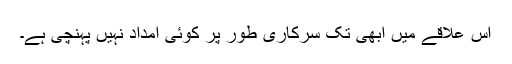
اس علاقے میں ابھی تک سرکاری طور پر کوئی امداد نہیں پہنچی ہے۔